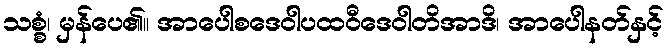
သစ္စံ၊ မှန်ပေ၏။ အာပေါစဒေဝါပထဝီဒေဝါတိအာဒိ၊ အာပေါနတ်နှင့်